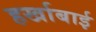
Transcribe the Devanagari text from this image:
हर्खाबाई